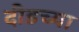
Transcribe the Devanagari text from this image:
दीडच्या